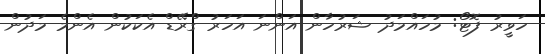
ހަވީރު ފޮޓޯ: މުހައްމަދު ޝަރުހާން އަންނަ އަހަރު ގްރޭޑް އެކަކުން އެންމެ މަދުން